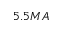
5 . 5 M A